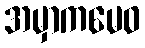
အမှာကမေဝ